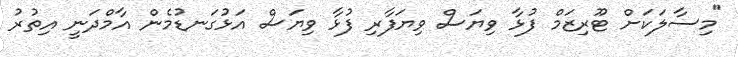
"މިސާލަކަށް ޓޫރިޒަމް ފުޅާ ވިޔަސް ވިޔަފާރި ފުޅާ ވިޔަސް އަޅުގަނޑުމެން އާމްދަނީ އިތުރު